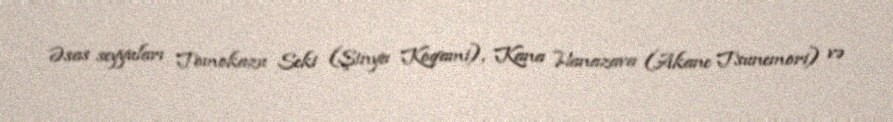
Əsas seyyuları Tomokazu Seki (Şinya Koqami), Kana Hanazava (Akane Tsunemori) və